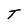
Character: T